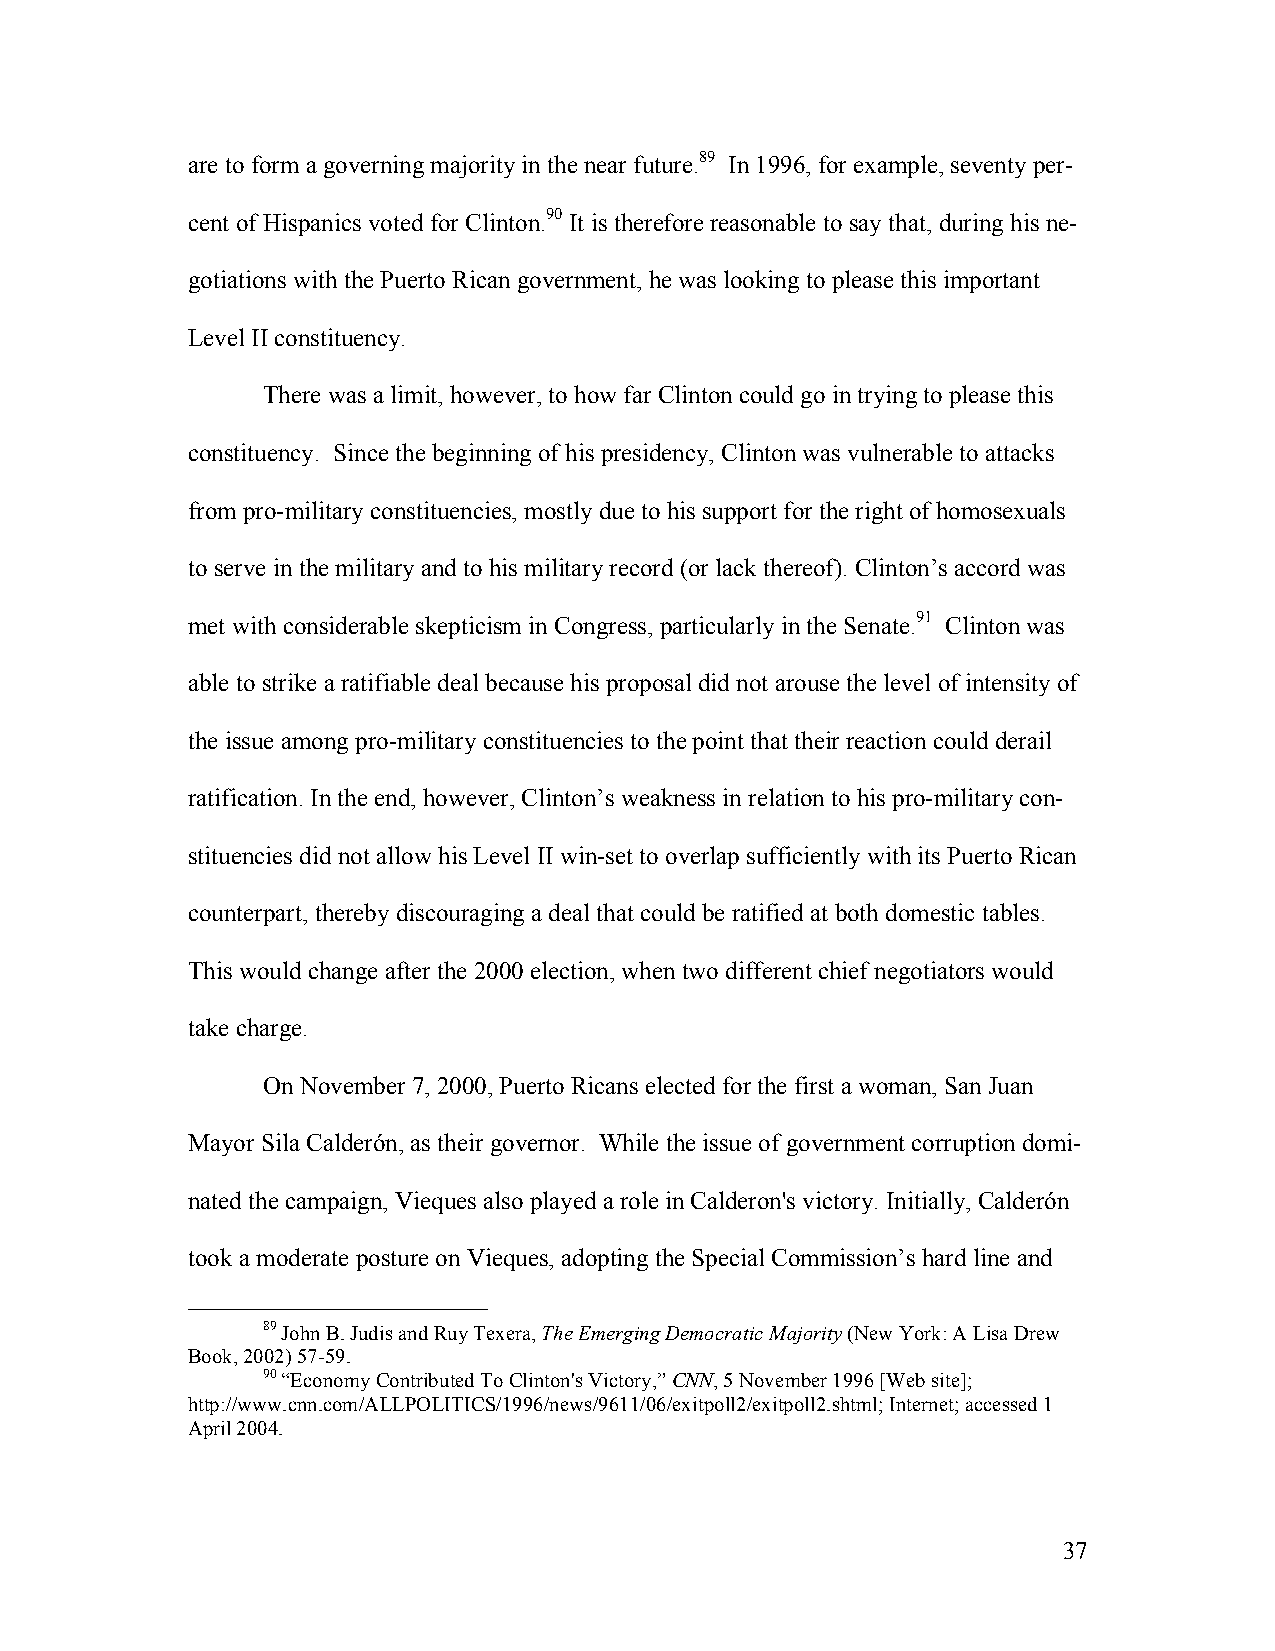
are to form a governing majority in the near future.89 In 1996, for example, seventy per-
 cent of Hispanics voted for Clinton.90 It is therefore reasonable to say that, during his ne-
 gotiations with the Puerto Rican government, he was looking to please this important
 Level II constituency.
 There was a limit, however, to how far Clinton could go in trying to please this
 constituency. Since the beginning of his presidency, Clinton was vulnerable to attacks
 from pro-military constituencies, mostly due to his support for the right of homosexuals
 to serve in the military and to his military record (or lack thereof). Clinton’s accord was
 met with considerable skepticism in Congress, particularly in the Senate.91 Clinton was
 able to strike a ratifiable deal because his proposal did not arouse the level of intensity of
 the issue among pro-military constituencies to the point that their reaction could derail
 ratification. In the end, however, Clinton’s weakness in relation to his pro-military con-
 stituencies did not allow his Level II win-set to overlap sufficiently with its Puerto Rican
 counterpart, thereby discouraging a deal that could be ratified at both domestic tables.
 This would change after the 2000 election, when two different chief negotiators would
 take charge.
 On November 7, 2000, Puerto Ricans elected for the first a woman, San Juan
 Mayor Sila Calderón, as their governor. While the issue of government corruption domi-
 nated the campaign, Vieques also played a role in Calderon's victory. Initially, Calderón
 took a moderate posture on Vieques, adopting the Special Commission’s hard line and
 89 John B. Judis and Ruy Texera, The Emerging Democratic Majority (New York: A Lisa Drew
 Book, 2002) 57-59.
 90 “Economy Contributed To Clinton's Victory,” CNN, 5 November 1996 [Web site];
 http://www.cnn.com/ALLPOLITICS/1996/news/9611/06/exitpoll2/exitpoll2.shtml; Internet; accessed 1
 April 2004.
 37